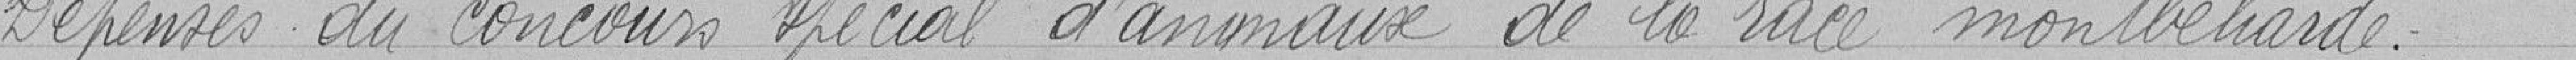
Dépenses du concours spécial d'animaux de la race montbéliarde.